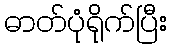
ဓာတ်ပုံရိုက်ပြီး